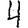
Digit: 4